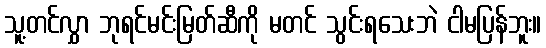
သူ့တင်လွှာ ဘုရင်မင်းမြတ်ဆီကို မတင် သွင်းရသေးဘဲ ငါမပြန်ဘူး။